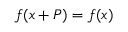
f ( x + P ) = f ( x )